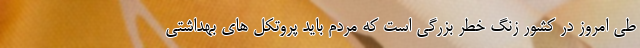
طی امروز در کشور زنگ خطر بزرگی است که مردم باید پروتکل های بهداشتی